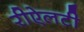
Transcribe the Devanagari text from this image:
रीऐलटी